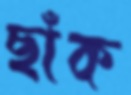
ছাঁক